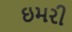
ઇમરી